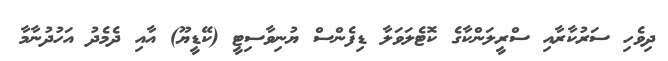
ދިވެހި ސަރުކާރާއި ސްރީލަންކާގެ ކޮޓެލަވަލާ ޑިފެންސް ޔުނިވާސިޓީ (ކޭޑީޔޫ) އާއި ދެމެދު އަހުދުނާމާ